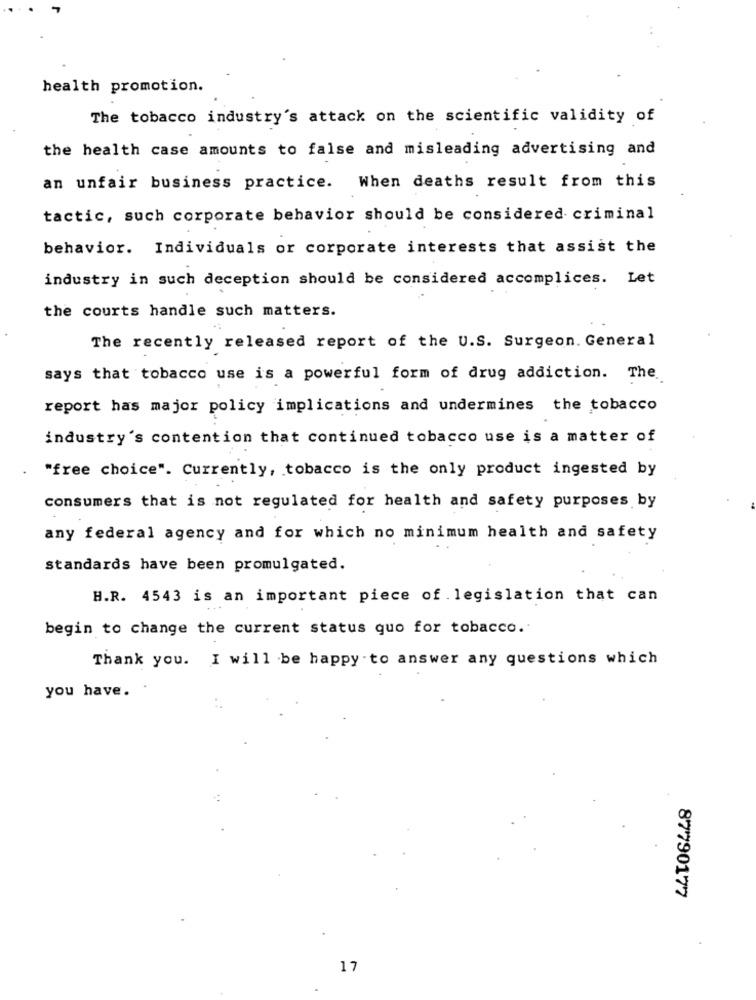
health promotion.
The tobacco industry's attack on the scientific validity of
the health case amounts to false and misleading advertising and
When deaths result from this
an unfair business practice.
tactic, such corporate behavior should be considered criminal
behavior. Individuals or corporate interests that assist the
industry in such deception should be considered accomplices. Let
the courts handle such matters.
The recently released report of the U.S. Surgeon. General
says that tobacco use is a powerful form of drug addiction. The.
report has major policy implications and undermines the tobacco
industry's contention that continued tobacco use is a matter of
"free choice". Currently, tobacco is the only product ingested by
consumers that is not regulated for health and safety purposes by
any federal agency and for which no minimum health and safety
standards have been promulgated.
H.R. 4543 is an important piece of . legislation that can
begin to change the current status quo for tobacco.
Thank you. I will be happy to answer any questions which
you have.
87790177
17